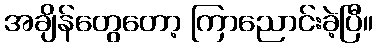
အချိန်တွေတော့ ကြာညောင်းခဲ့ပြီ။